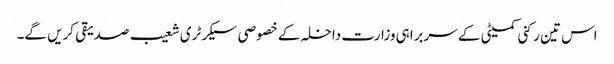
اس تین رکنی کمیٹی کے سربراہی وزارت داخلہ کے خصوصی سیکرٹری شعیب صدیقی کریں گے۔